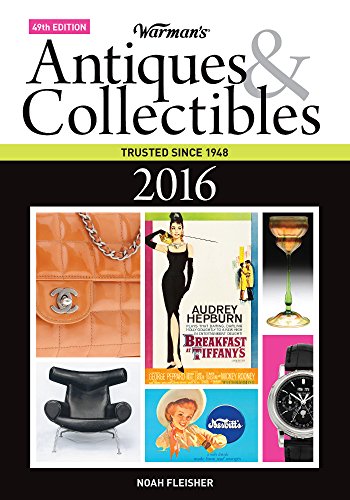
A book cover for Warman's Antiques & Collectibles 2016 Price Guide (Warman's Antiques and Collectibles Price Guide); Crafts, Hobbies & Home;